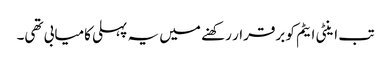
تب اینٹی ایٹم کو برقرار رکھنے میں یہ پہلی کامیابی تھی۔